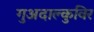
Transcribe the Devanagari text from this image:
गुअदाल्कुविर